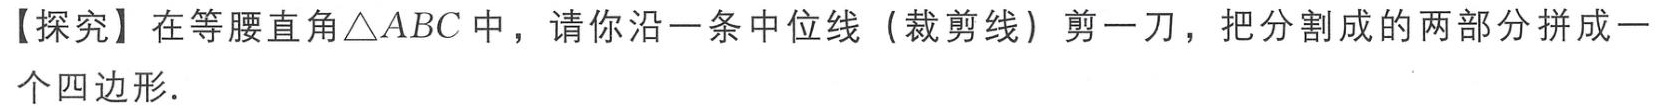
【探究】在等腰直角\(\triangle ABC\)中，请你沿一条中位线（裁剪线）剪一刀，把分割成的两部分拼成一个四边形.